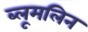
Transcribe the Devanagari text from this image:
ब्लूमलिन